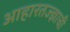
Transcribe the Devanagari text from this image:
आहारतज्‍ज्ञाची